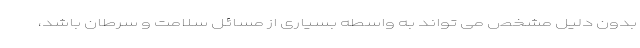
بدون دلیل مشخص می تواند به واسطه بسیاری از مسائل سلامت و سرطان باشد،